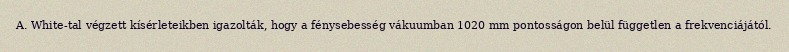
A. White-tal végzett kísérleteikben igazolták, hogy a fénysebesség vákuumban 1020 mm pontosságon belül független a frekvenciájától.